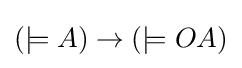
(\models A)\rightarrow (\models OA)